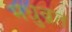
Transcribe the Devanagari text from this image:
मधुव्रत